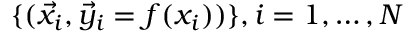
\{ ( \vec { x } _ { i } , \vec { y } _ { i } = f ( x _ { i } ) ) \} , i = 1 , \ldots , N